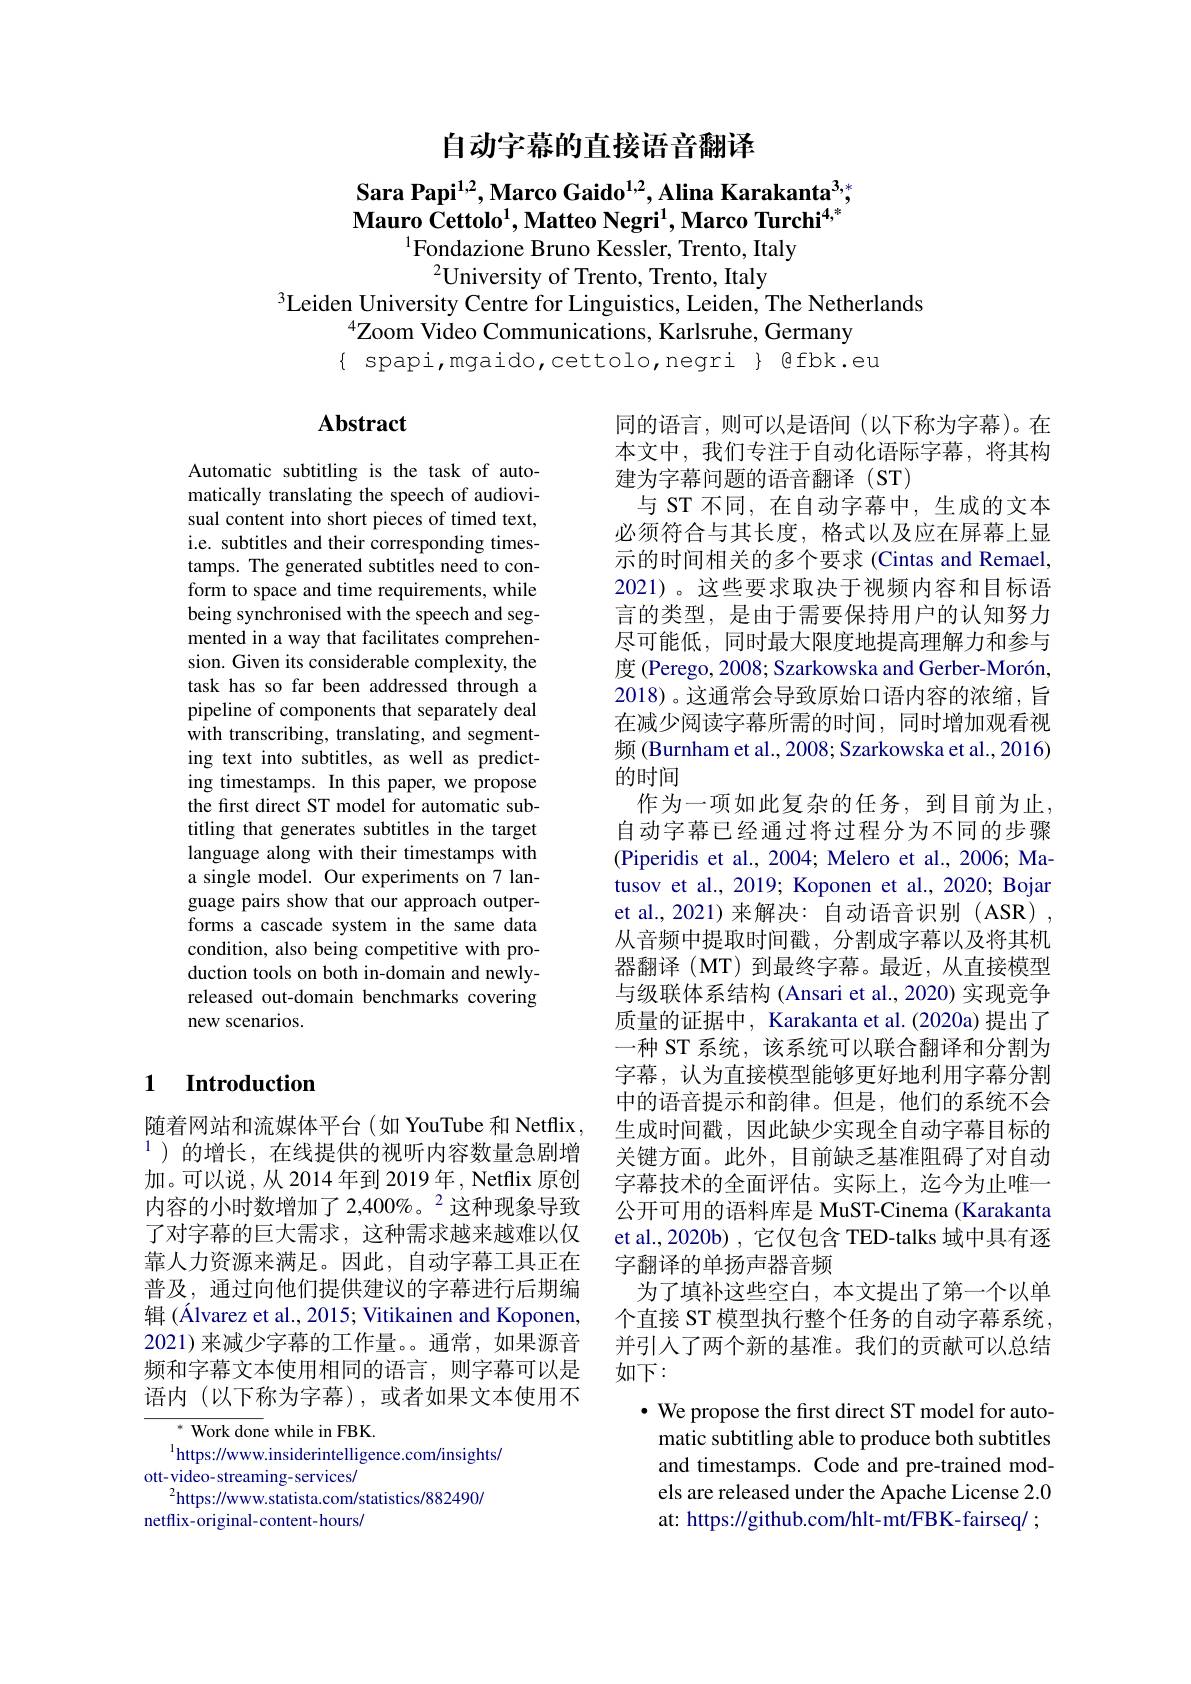
自动字幕的直接语音翻译

$\textbf{Sara Papi}^{1,2}$,Marco Gaido$^1,2$,Alina Karakanta$^3$, $\dot{\text{Mauro Cettolo}}^1,\dot{\textbf{Matteo Negri}}^1,\dot{\textbf{Marco Turchi}}^{4,*}$
$^{1}$Fondazione Bruno Kessler, Trento, Italy

$^2$University of Trento, Trento, Italy
$^{3}$Leiden University Centre for Linguistics, Leiden, The Netherlands
$^{4}\dot{\text{Zoom Video Communications, Karlsruhe, Germany}}$
$\{$ spapi,mgaido,cettolo,negri $\}$ @fbk.eu

## $\mathbf{Abstract}$

Automatic subtitling is the task of automatically translating the speech of audiovisual content into short pieces of timed text, i.e. subtitles and their corresponding timestamps. The generated subtitles need to conform to space and time requirements, while being synchronised with the speech and segmented in a way that facilitates comprehension. Given its considerable complexity, the task has so far been addressed through a pipeline of components that separately deal with transcribing, translating, and segmenting text into subtitles, as well as predicting timestamps. In this paper, we propose the first direct ST model for automatic subtitling that generates subtitles in the target language along with their timestamps with a single model. Our experiments on 7 language pairs show that our approach outperforms a cascade system in the same data condition, also being competitive with production tools on both in-domain and newlyreleased out-domain benchmarks covering new scenarios.

同的语言，则可以是语间(以下称为字幕)。在本文中，我们专注于自动化语际字幕，将其构建为字幕问题的语音翻译(ST)
与 ST 不同，在自动字幕中，生成的文本必须符合与其长度，格式以及应在屏幕上显示的时间相关的多个要求 (Cintas and Remael, 2021)。这些要求取决于视频内容和目标语言的类型，是由于需要保持用户的认知努力尽可能低，同时最大限度地提高理解力和参与度 (Perego, 2008; Szarkowska and Gerber-Morón, 2018)。这通常会导致原始口语内容的浓缩，旨在减少阅读字幕所需的时间，同时增加观看视频 (Burnham et al., 2008; Szarkowska et al., 2016) 的时间
作为一项如此复杂的任务，到目前为止， 自动字幕已经通过将过程分为不同的步骤(Piperidis et al., 2004; Melero et al., 2006; Matusov et al., 2019; Koponen et al., 2020; Bojar et al., 2021) 来解决：自动语音识别 (ASR) , 从音频中提取时间戳，分割成字幕以及将其机器翻译 (MT) 到最终字幕。最近，从直接模型与级联体系结构 (Ansari et al., 2020) 实现竞争质量的证据中，Karakanta et al.(2020a) 提出了一种 ST 系统，该系统可以联合翻译和分割为字幕，认为直接模型能够更好地利用字幕分割中的语音提示和韵律。但是，他们的系统不会生成时间戳，因此缺少实现全自动字幕目标的关键方面。此外，目前缺乏基准阻碍了对自动字幕技术的全面评估。实际上，迄今为止唯一公开可用的语料库是 MuST-Cinema (Karakanta et al.,2020b) ,它仅包含 TED-talks 域中具有逐字翻译的单扬声器音频
为了填补这些空白，本文提出了第一个以单个直接 ST 模型执行整个任务的自动字幕系统， 并引入了两个新的基准。我们的贡献可以总结如下：
· We propose the first direct ST model for auto-
matic subtitling able to produce both subtitles and timestamps. Code and pre-trained models are released under the Apache License 2.0 at: https://github.com/hlt-mt/FBK-fairseq/ ;

### 1 Introduction

随着网站和流媒体平台(如 YouTube 和 Netflix $^{1}$)的增长，在线提供的视听内容数量急剧增加。可以说，从2014年到 2019年，Netflix 原创内容的小时数增加了 2,400%。$^{2}$这种现象导致了对字幕的巨大需求，这种需求越来越难以仅靠人力资源来满足。因此，自动字幕工具正在普及，通过向他们提供建议的字幕进行后期编辑 (Álvarez et al., 2015; Vitikainen and Koponen, 2021)来减少字幕的工作量。。通常，如果源音频和字幕文本使用相同的语言，则字幕可以是语内(以下称为字幕),或者如果文本使用不

$^{*}$ Work done while in FBK
$^{\mathrm{l}}$https://www.insiderintelligence.com/insights/
ott- video- streaming- services/
$^{2}$https://www.statista.com/statistics/882490/
netflix-original-content-hours/